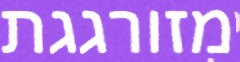
מזורגגת